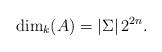
LaTeX: \begin{align*}\dim_k (A) = |\Sigma|\, 2^{2n}.\end{align*}